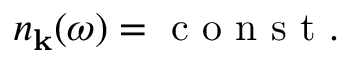
n _ { \bf k } ( \omega ) = \mathrm { ~ c ~ o ~ n ~ s ~ t ~ } .